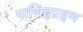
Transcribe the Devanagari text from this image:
पाणिहग्रहण